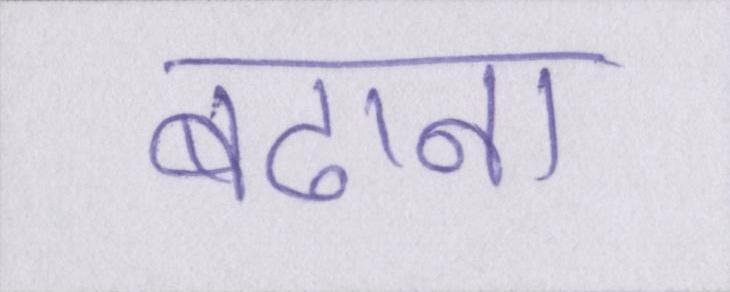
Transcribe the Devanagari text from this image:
बढाना